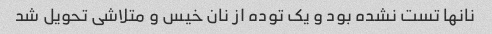
نانها تست نشده بود و یک توده از نان خیس و متلاشی تحویل شد